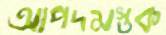
আপদমস্তক